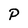
Character: P